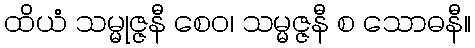
ထိယံ သမ္မုဇ္ဇနီ စေဝ၊ သမ္မဇ္ဇနီ စ သောဓနီ။